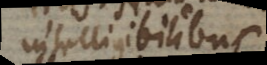
intelligibilibus